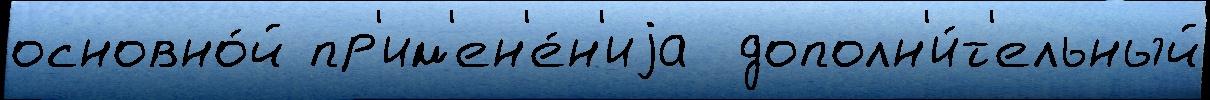
основно́й пр'им'ен'е́н'иjа  дополн'и́т'ельный